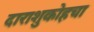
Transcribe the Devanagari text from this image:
दाराशुकोहचा